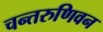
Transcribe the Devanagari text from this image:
चन्तरुणिवन